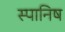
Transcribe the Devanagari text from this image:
स्पानिष